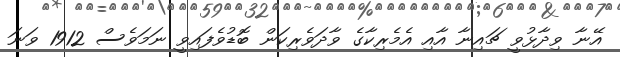
އޭނާ ވިދާޅުވީ ޗައިނާ އާއި އެމެރިކާގެ ވާދަވެރިކަން ބޮޑުވެފައިވީ ނަމަވެސް 1912 ވަނަ